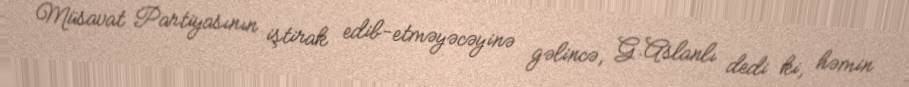
Müsavat Partiyasının iştirak edib-etməyəcəyinə gəlincə, G.Aslanlı dedi ki, həmin